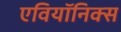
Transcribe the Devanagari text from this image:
एवियॉनिक्स